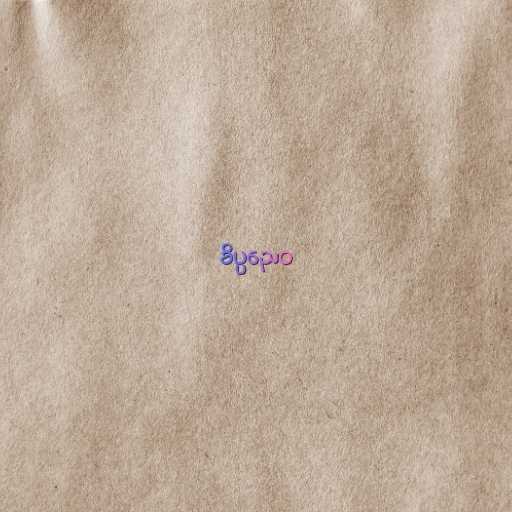
ခိပ္ပညေဝ